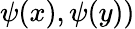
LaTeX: \psi({x}),\psi({y}))